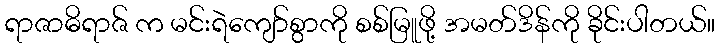
ရာဇာဓိရာဇ် က မင်းရဲကျော်စွာကို စစ်မြူဖို့ အမတ်ဒိန်ကို ခိုင်းပါတယ်။